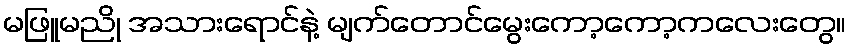
မဖြူမညို အသားရောင်နဲ့ မျက်တောင်မွေးကော့ကော့ကလေးတွေ။